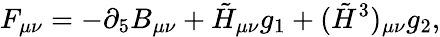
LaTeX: F_{\mu\nu}=-\partial_{5}B_{\mu\nu}+\tilde{H}_{\mu\nu}g_{1}+(\tilde{H}^{3})_{\mu\nu}g_{2},